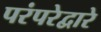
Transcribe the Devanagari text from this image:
परंपरेद्वारे